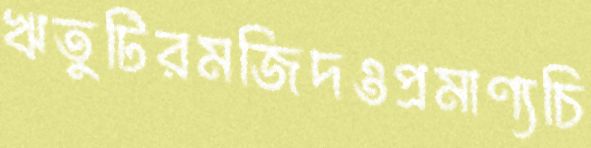
ঋতুটিরমজিদওপ্রমাণ্যচি